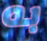
به